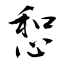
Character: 惒